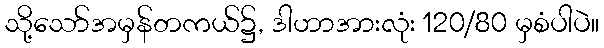
သို့သော်အမှန်တကယ်၌, ဒါဟာအားလုံး 120/80 မှစံပါပဲ။